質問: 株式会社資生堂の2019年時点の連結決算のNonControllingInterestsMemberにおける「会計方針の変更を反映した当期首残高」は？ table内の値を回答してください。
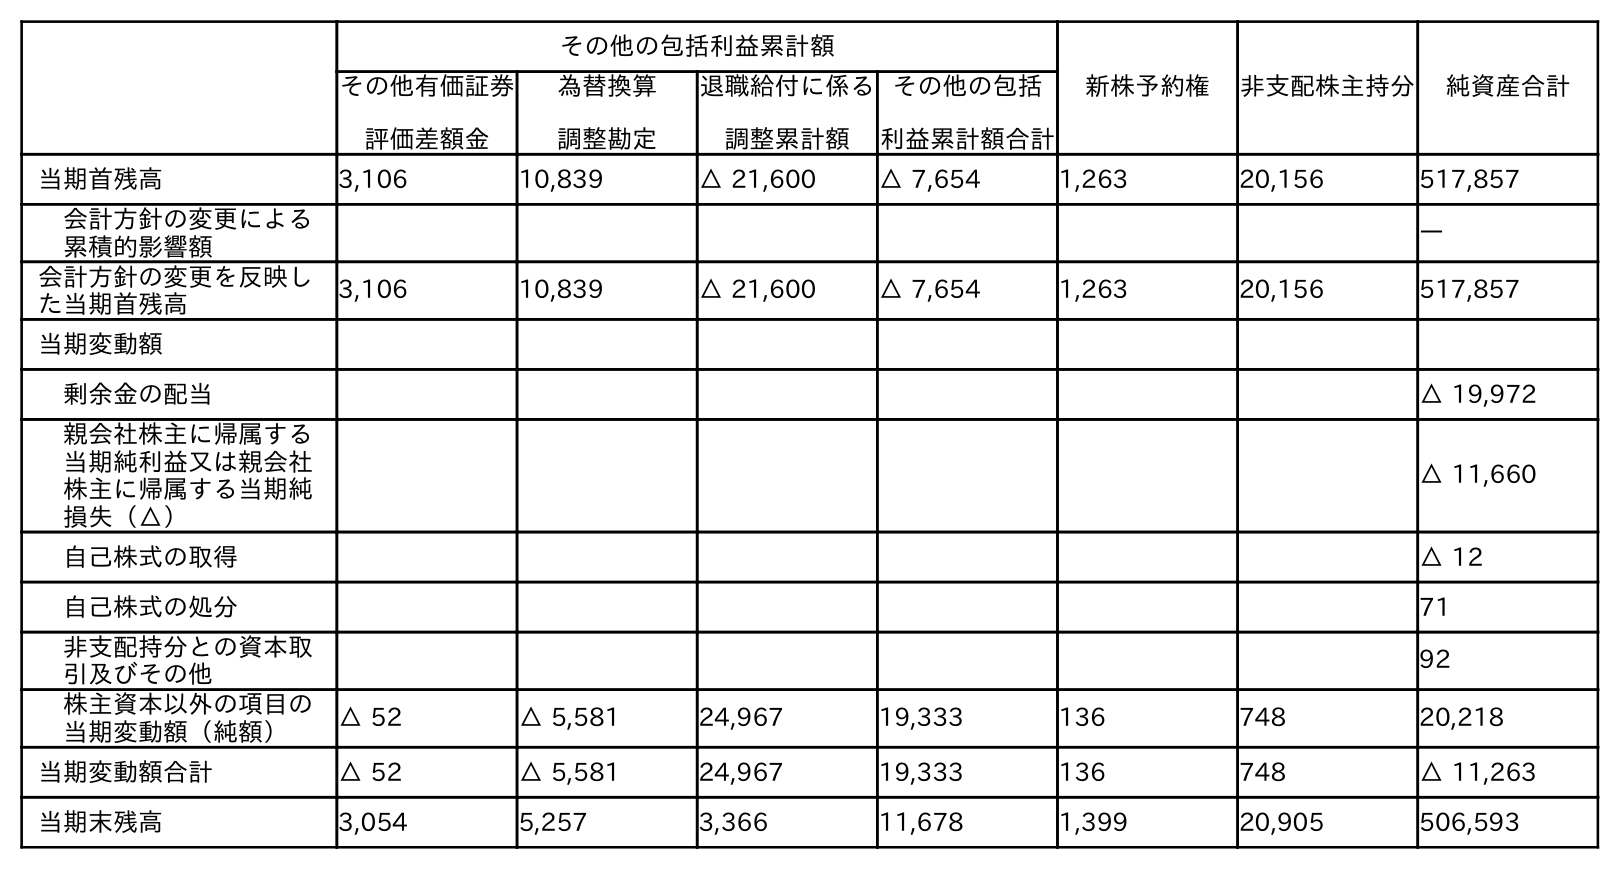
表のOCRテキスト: その他の包括利益累計額 新株予約権 非支配株主持分 純資産合計 その他有価証券 評価差額金 為替換算 調整勘定 退職給付に係る 調整累計額 その他の包括 利益累計額合計 当期首残高 3,106 10,839 △ 21,600 △ 7,654 1,263 20,156 517,857 会計方針の変更による 累積的影響額 ― 会計方針の変更を反映し た当期首残高 3,106 10,839 △ 21,600 △ 7,654 1,263 20,156 517,857 当期変動額 剰余金の配当 △ 19,972 親会社株主に帰属する 当期純利益又は親会社 株主に帰属する当期純 損失（△） △ 11,660 自己株式の取得 △ 12 自己株式の処分 71 非支配持分との資本取 引及びその他 92 株主資本以外の項目の 当期変動額（純額） △ 52 △ 5,581 24,967 19,333 136 748 20,218 当期変動額合計 △ 52 △ 5,581 24,967 19,333 136 748 △ 11,263 当期末残高 3,054 5,257 3,366 11,678 1,399 20,905 506,593
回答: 20,156